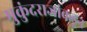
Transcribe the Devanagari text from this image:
मुकुंदराजांकडून